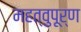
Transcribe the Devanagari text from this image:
महत्वुपूर्ण